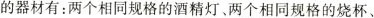
的器材有：两个相同规格的酒精灯、两个相同规格的烧杯、